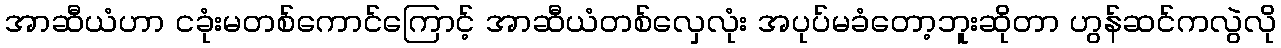
အာဆီယံဟာ ငခုံးမတစ်ကောင်ကြောင့် အာဆီယံတစ်လှေလုံး အပုပ်မခံတော့ဘူးဆိုတာ ဟွန်ဆင်ကလွဲလို